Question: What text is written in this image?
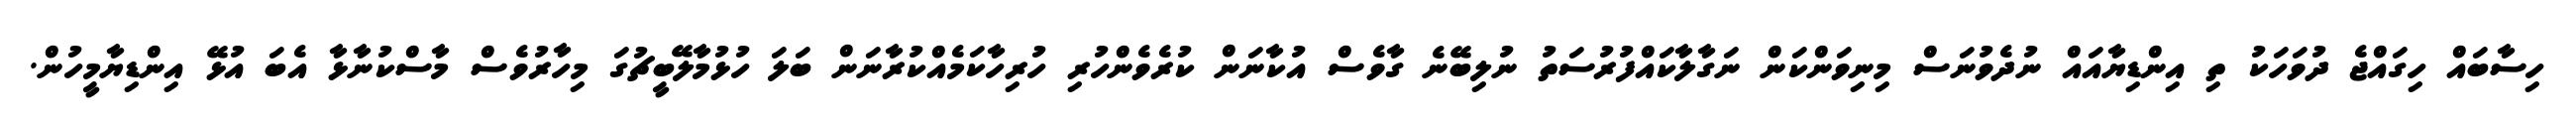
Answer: ހިސާބައް ހިގައްޖެ ދުވަހަކު ތި އިންޑިޔާއައް ނުދެވުނަސް މިނިވަންކަން ނަގާލާކައްފުރުސަތު ނުލިބޭނެ ގާވެސް އުކާނަން ކުރެވެންހުރި ހުރިހާކަމެއްކުރާނަން ބަލަ ހުޅުމާލޭބީޗުގަ މިހާރުވެސް މާސްކުނާޅާ އެބަ އުޅޭ އިންޑިޔާމީހުން.